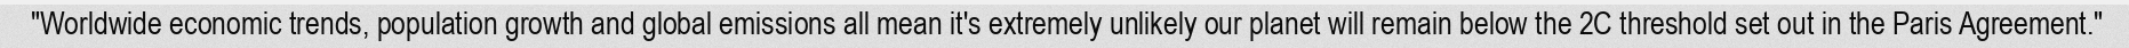
"Worldwide economic trends, population growth and global emissions all mean it's extremely unlikely our planet will remain below the 2C threshold set out in the Paris Agreement."